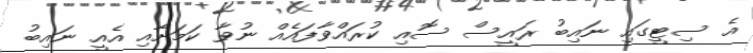
އެ ސިޓީގައި ނައިބު ރައީސް ސޮއި ކުރައްވާފައެއް ނުވާ ކަމަށާއި އެއީ ނައިބު